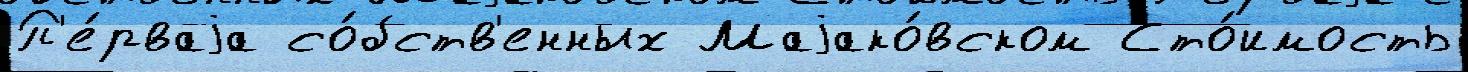
П'е́рваjа со́бств'енных Маjако́вском Сто́имость